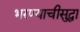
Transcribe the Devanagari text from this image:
भरण्याचीसुद्धा